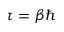
\tau = \beta \hbar